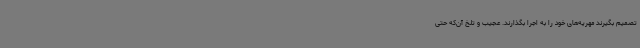
تصمیم بگیرند مهریه‌های خود را به اجرا بگذارند. عجیب و تلخ آن‌که حتی